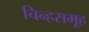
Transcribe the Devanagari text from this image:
चिन्हसमूह